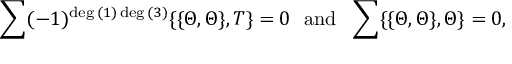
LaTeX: \sum ( - 1 ) ^ { \deg { ( 1 ) } \deg { ( 3 ) } } \{ \{ \Theta , \Theta \} , T \} = 0 ~ ~ \mathrm { a n d } ~ ~ \sum \{ \{ \Theta , \Theta \} , \Theta \} = 0 ,